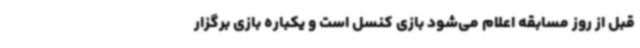
قبل از روز مسابقه اعلام می‌شود بازی کنسل است و یکباره بازی برگزار